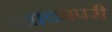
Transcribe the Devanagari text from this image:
था।कापरी